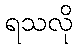
ရသလို